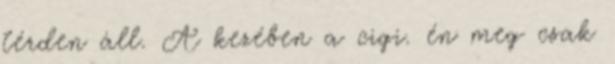
térden áll. A kezében a cigi. én meg csak